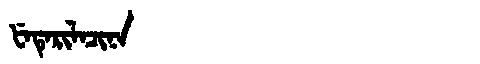
Manchu: ᡶᡝᡨᡝᡵᡳᠯᠠᠴᡳᠨᠠ
Romanization: FETERILACINA